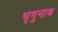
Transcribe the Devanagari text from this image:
भृगुनाथ